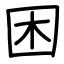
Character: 困